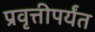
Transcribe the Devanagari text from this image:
प्रवृत्तीपर्यंत